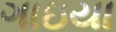
ગાઇયા